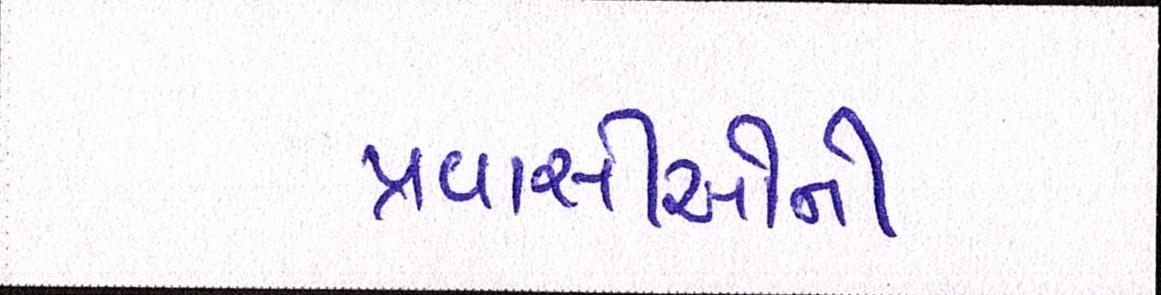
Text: પ્રવાસીઓની